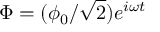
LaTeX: \Phi = ( \phi _ { 0 } / { \sqrt { 2 } } ) e ^ { i \omega t }